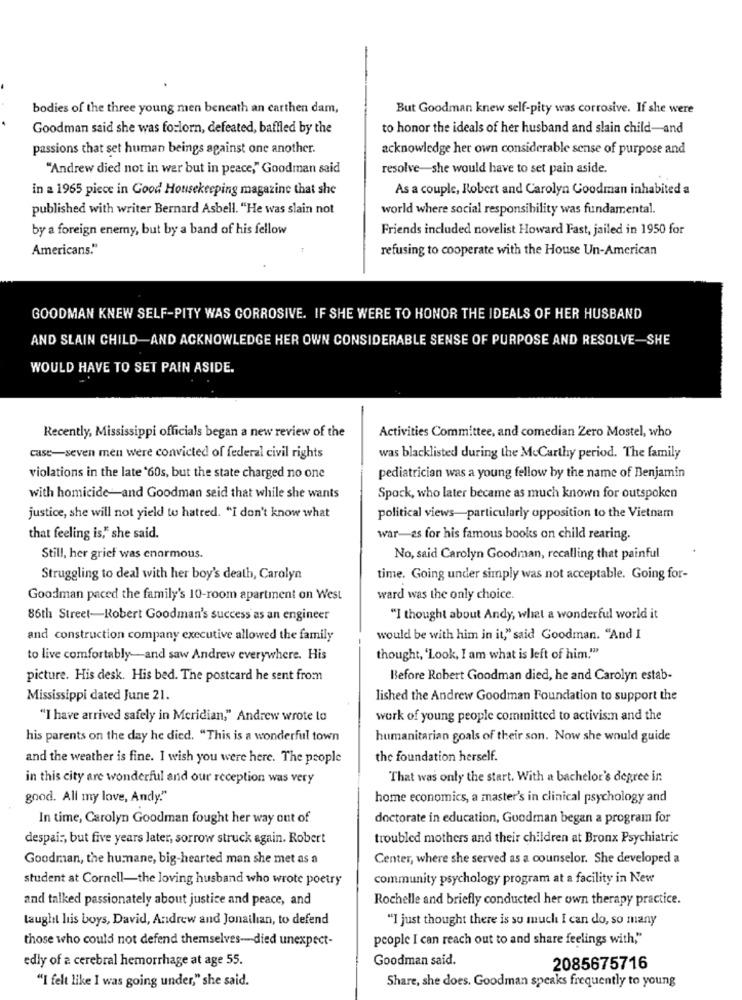
bodies of the three young men beneath an carthen dam,
But Goodman knew self-pity was corrosive. If she were
Goodman said she was forlorn, defeated, baffled by the
to honor the ideals of her husband and slain child-and
passions that set human beings against one another.
acknowledge her own considerable sense of purpose and
"Andrew died not in wer but in peace," Goodman said
resolve-she would have to set pain aside.
in a 1965 piece in Good Housekeeping magazine that she
As a couple, Robert and Carolyn Goodman inhabited a
published with writer Bernard Asbell. "He was slain not
world where social responsibility was fundamental.
by a foreign enemy, but by a band of his fellow
Friends included novelist Howard Fast, jailed in 1950 for
Americans."
refusing to cooperate with the House Un-American
GOODMAN KNEW SELF-PITY WAS CORROSIVE. IF SHE WERE TO HONOR THE IDEALS OF HER HUSBAND
AND SLAIN CHILD-AND ACKNOWLEDGE HER OWN CONSIDERABLE SENSE OF PURPOSE AND RESOLVE-SHE
WOULD HAVE TO SET PAIN ASIDE.
Recently, Mississippi officials began a new review of the
Activities Committee, and comedian Zero Mostel, who
case-seven men were convicted of federal civil rights
was blacklisted during the McCarthy period. The family
violations in the late '60s, but the state charged no one
pediatrician was a young fellow by the name of Benjamin
with homicide-and Goodman seid that while she wants
Spock, who later became as much known for outspoken
justice, she will not yield to hatred. "I don't know what
political views-particularly opposition to the Vietnam
that feeling is," she said.
war-es for his famous books on child rearing.
Still, her grief was enormous.
No, said Carolyn Goodman, recalling that painful
Struggling to deal with her boy's death, Carolyn
time. Going under simply was not acceptable. Going for-
Goodman paced the family's 10-room apartment on West
ward was the only choice.
86th Street-Robert Goodman's success as an engineer
"I thought about Andy, what a wonderful world it
and construction company executive allowed the family
would be with him in it," said Goodman. "And I
to live comfortably-and saw Andrew everywhere. His
thought, 'Look, I am what is left of him.""
picture. His desk. His bed. The postcard he sent from
Before Robert Goodman died, he and Carolyn estab-
Mississippi dated June 21.
lished the Andrew Goodman Foundation to support the
"I have arrived safely in Meridian," Andrew wrote lo
work of young people committed to activism and the
his parents on the day he died. "This is a wonderful town
humanitarian goals of their son. Now she would guide
and the weather is fine. I wish you were here. The people
the foundation herself.
in this city are wonderful and our reception was very
That was only the start. With a bachelor's degree in
good. All my love, Andy."
home economics, a master's in clinical psychology and
In time, Carolyn Goodman fought her way out of
doctorate in education, Goodman began a program for
despai :, but five years later, sorrow struck again. Robert
troubled mothers and their children at Bronx Psychiatric
Goodman, the humane, big-hearted man she met as a
Center, where she served as a counselor. She developed a
student at Cornell-the loving husband who wrote poetry
community psychology program at a facility in New
and talked passionately about justice and peace, and
Rochelle and briefly conducted her own therapy practice.
taught his boys, David, Andrew and Jonailan, to defend
"I just thought there is so much I can do, so many
those who could not defend themselves-died unexpect-
people I can reach out to and share feelings with,"
edly of a cerebral hemorrhage at age 55.
Goodman said.
2085675716
"I felt like I was going under," she said.
Share, she does. Goodman speaks frequently to young